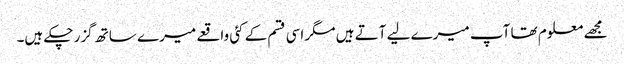
مجھے معلوم تھا آپ میرے لیے آتے ہیں مگر اسی قسم کے کئی واقعے میرے ساتھ گزر چکے ہیں۔